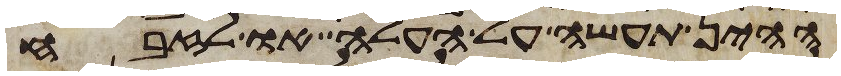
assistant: ההין תעשה על העלה או לזבח